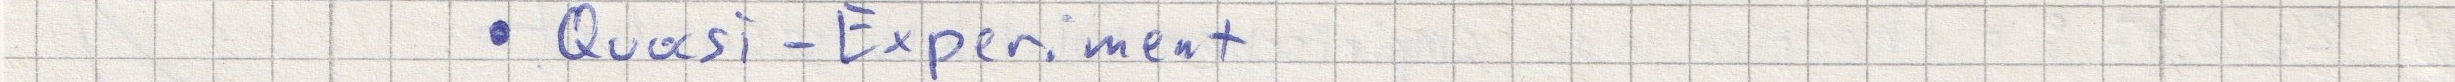
- Quasi-Experiment